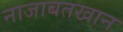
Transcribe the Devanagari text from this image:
नाजाबतखान